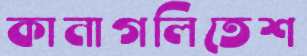
কানাগলিতেশ